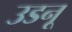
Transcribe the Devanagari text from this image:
उडनू